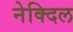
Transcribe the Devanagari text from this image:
नेक्दिल